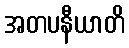
အတပနီယာတိ